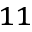
^ { 1 1 }